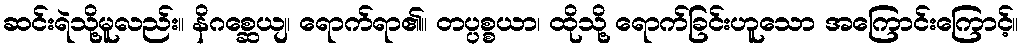
ဆင်းရဲသို့မူလည်း။ နိဂစ္ဆေယျ၊ ရောက်ရာ၏။ တပ္ပစ္စယာ၊ ထိုသို့ ရောက်ခြင်းဟူသော အကြောင်းကြောင့်။